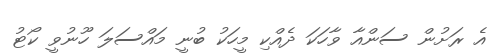
އެ ރަށުން ސަންއާ ވާހަކަ ދެއްކި މީހަކު ބުނީ މައްސަލަ ހޫނުވީ ކޯޓު